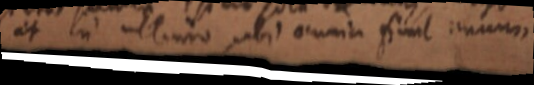
et in ultimo ubi omnia simul unum